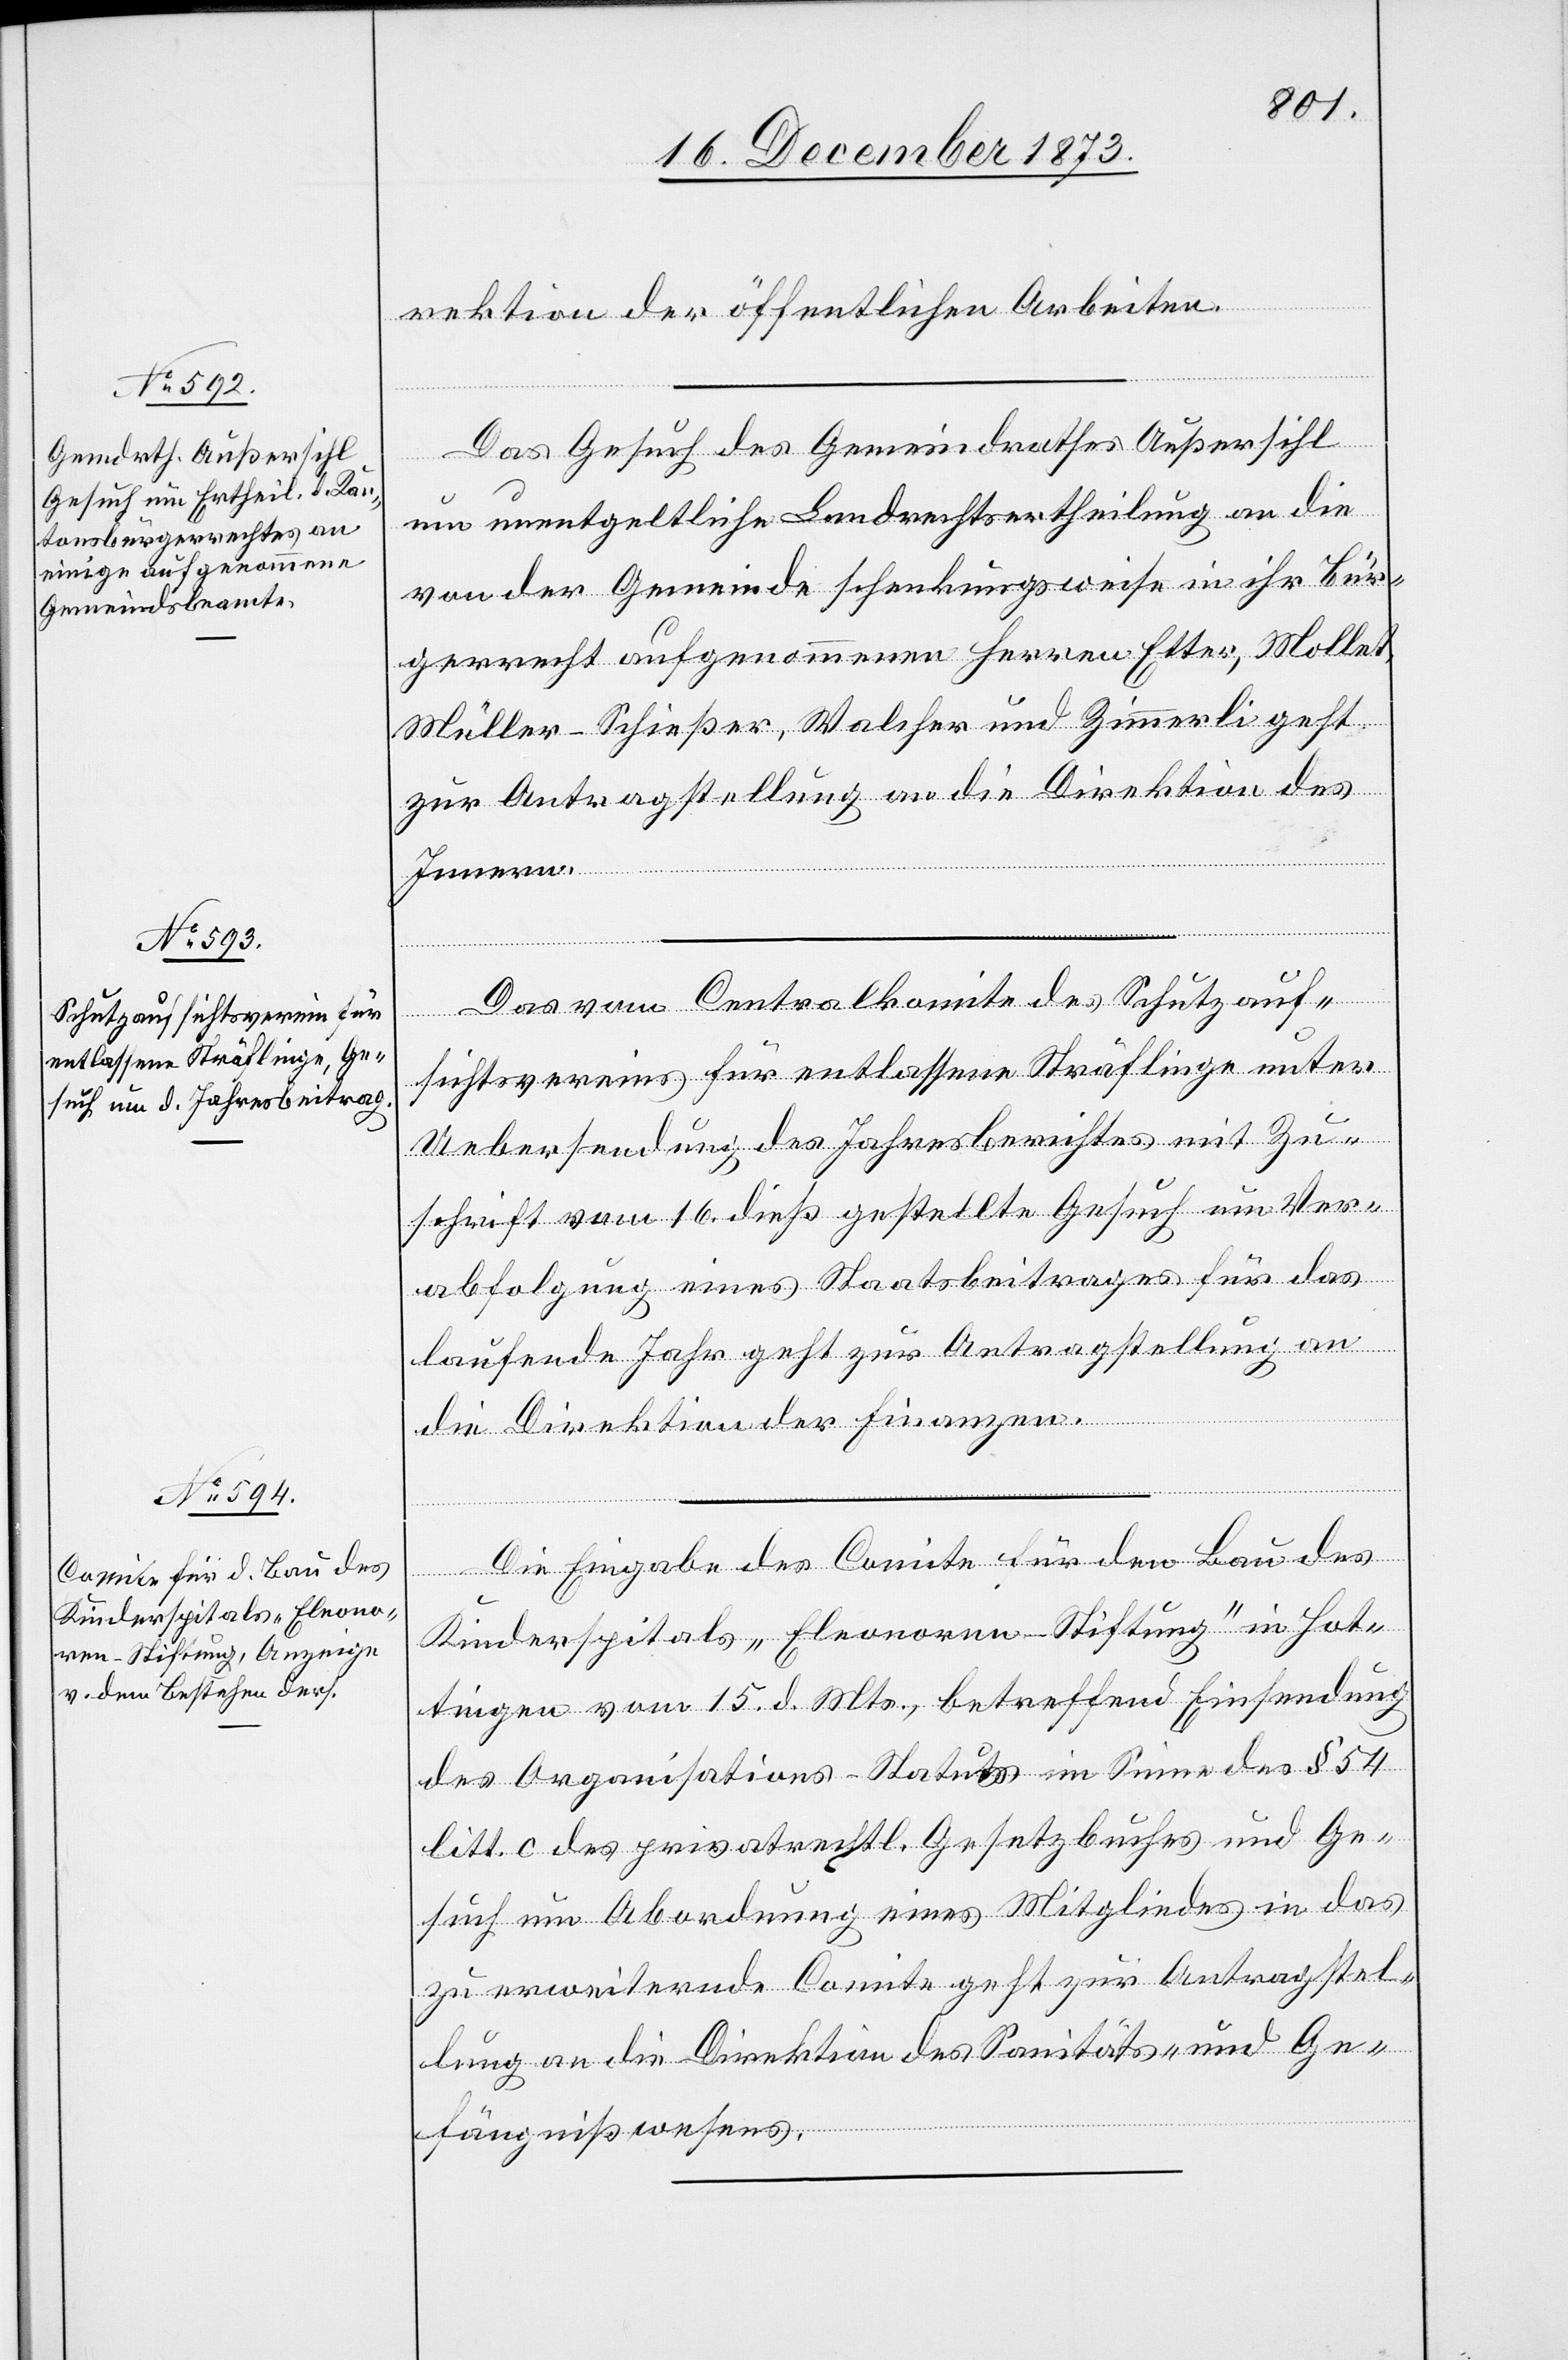
18. December 1873.]
rektion der öffentlichen Arbeiten.
Das Gesuch des Gemeindrathes Außersihl
um unentgeltliche Landrechtsertheilung an die
von der Gemeinde schenkungsweise in ihr Bür¬
gerrecht aufgenommenen Herren Etter, Mollet,
Müller-Schießer, Walcher und Zimmerli geht
zur Antragstellung an die Direktion des
Innern.
Das vom Centralkomite des Schutzauf¬
sichtsvereins für entlassene Sträflinge unter
Uebersendung des Jahresberichtes mit Zu¬
schrift vom 16. dieß gestellte Gesuch um Ver¬
abfolgung eines Staatsbeitrages für das
laufende Jahr geht zur Antragstellung an
die Direktion der Finanzen.
Die Eingabe des Comite für den Bau des
Kinderspitals „Eleonoren-Stiftung“ in Hot¬
tingen vom 15. d. Mts., betreffend Einsendung
des Organisations-Statuts im Sinne des § 54
litt. c des privatrechtl. Gesetzbuches und Ge¬
such um Abordnung eines Mitgliedes in das
zu erweiternde Comite geht zur Antragstel¬
lung an die Direktion des Sanitäts- und Ge¬
fängnißwesens.